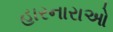
હારનારાઓ